Document type: Testament
Year: 1362
Scribe: Berenguer Vergós
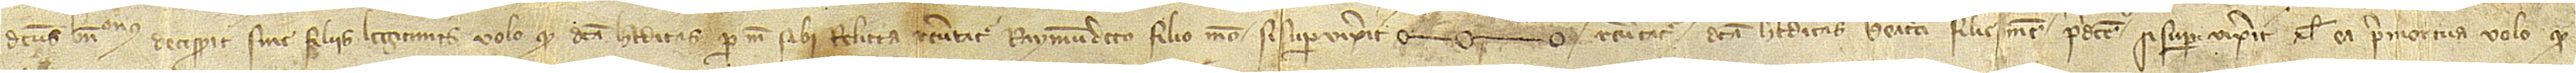
dictus Berengaronus decesserit sine filiis legitimis, volo quod dicta hereditas per me sibi relicta revertatur Raymundeto, filio meo, si supervixerit, revertatur dicta hereditas Beatrici, filie mee predicte, su supervixerit. Aliter ea premortua volo quod